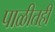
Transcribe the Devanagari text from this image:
पाळीतही